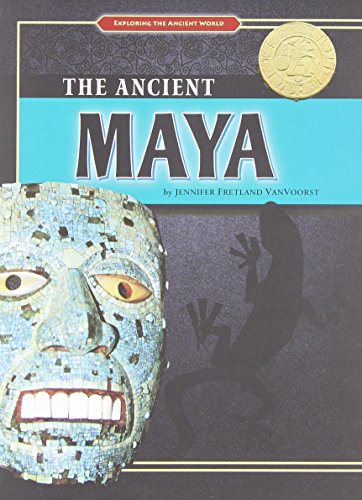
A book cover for The Ancient Maya (Exploring the Ancient World); Jennifer Fretland VanVoorst; Children's Books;